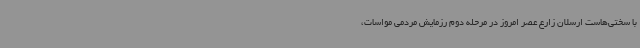
با سختی‌هاست ارسلان زارع عصر امروز در مرحله دوم رزمایش مردمی مواسات،